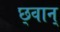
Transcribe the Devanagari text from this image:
छ्वान्